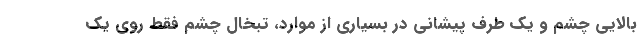
بالایی چشم و یک طرف پیشانی در بسیاری از موارد، تبخال چشم فقط روی یک